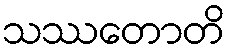
သဿတောတိ